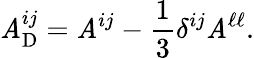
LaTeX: {\cal{\mathit{A}}}_{\mathrm{{{D}}}}^{ij}={\cal{\mathit{A}}}^{ij}-\frac{{1}}{{3}}\delta^{ij}{\cal{\mathit{A}}}^{\ell\ell}.